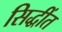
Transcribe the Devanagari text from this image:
सिद्धींत